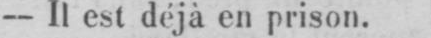
- Il est déjà en prison.